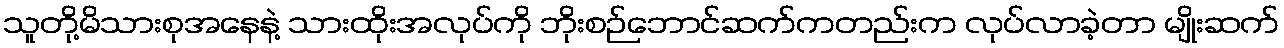
သူတို့မိသားစုအနေနဲ့ သားထိုးအလုပ်ကို ဘိုးစဉ်ဘောင်ဆက်ကတည်းက လုပ်လာခဲ့တာ မျိုးဆက်